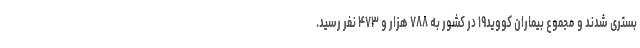
بستری شدند و مجموع بیماران کووید۱۹ در کشور به ۷۸۸ هزار و ۴۷۳ نفر رسید.